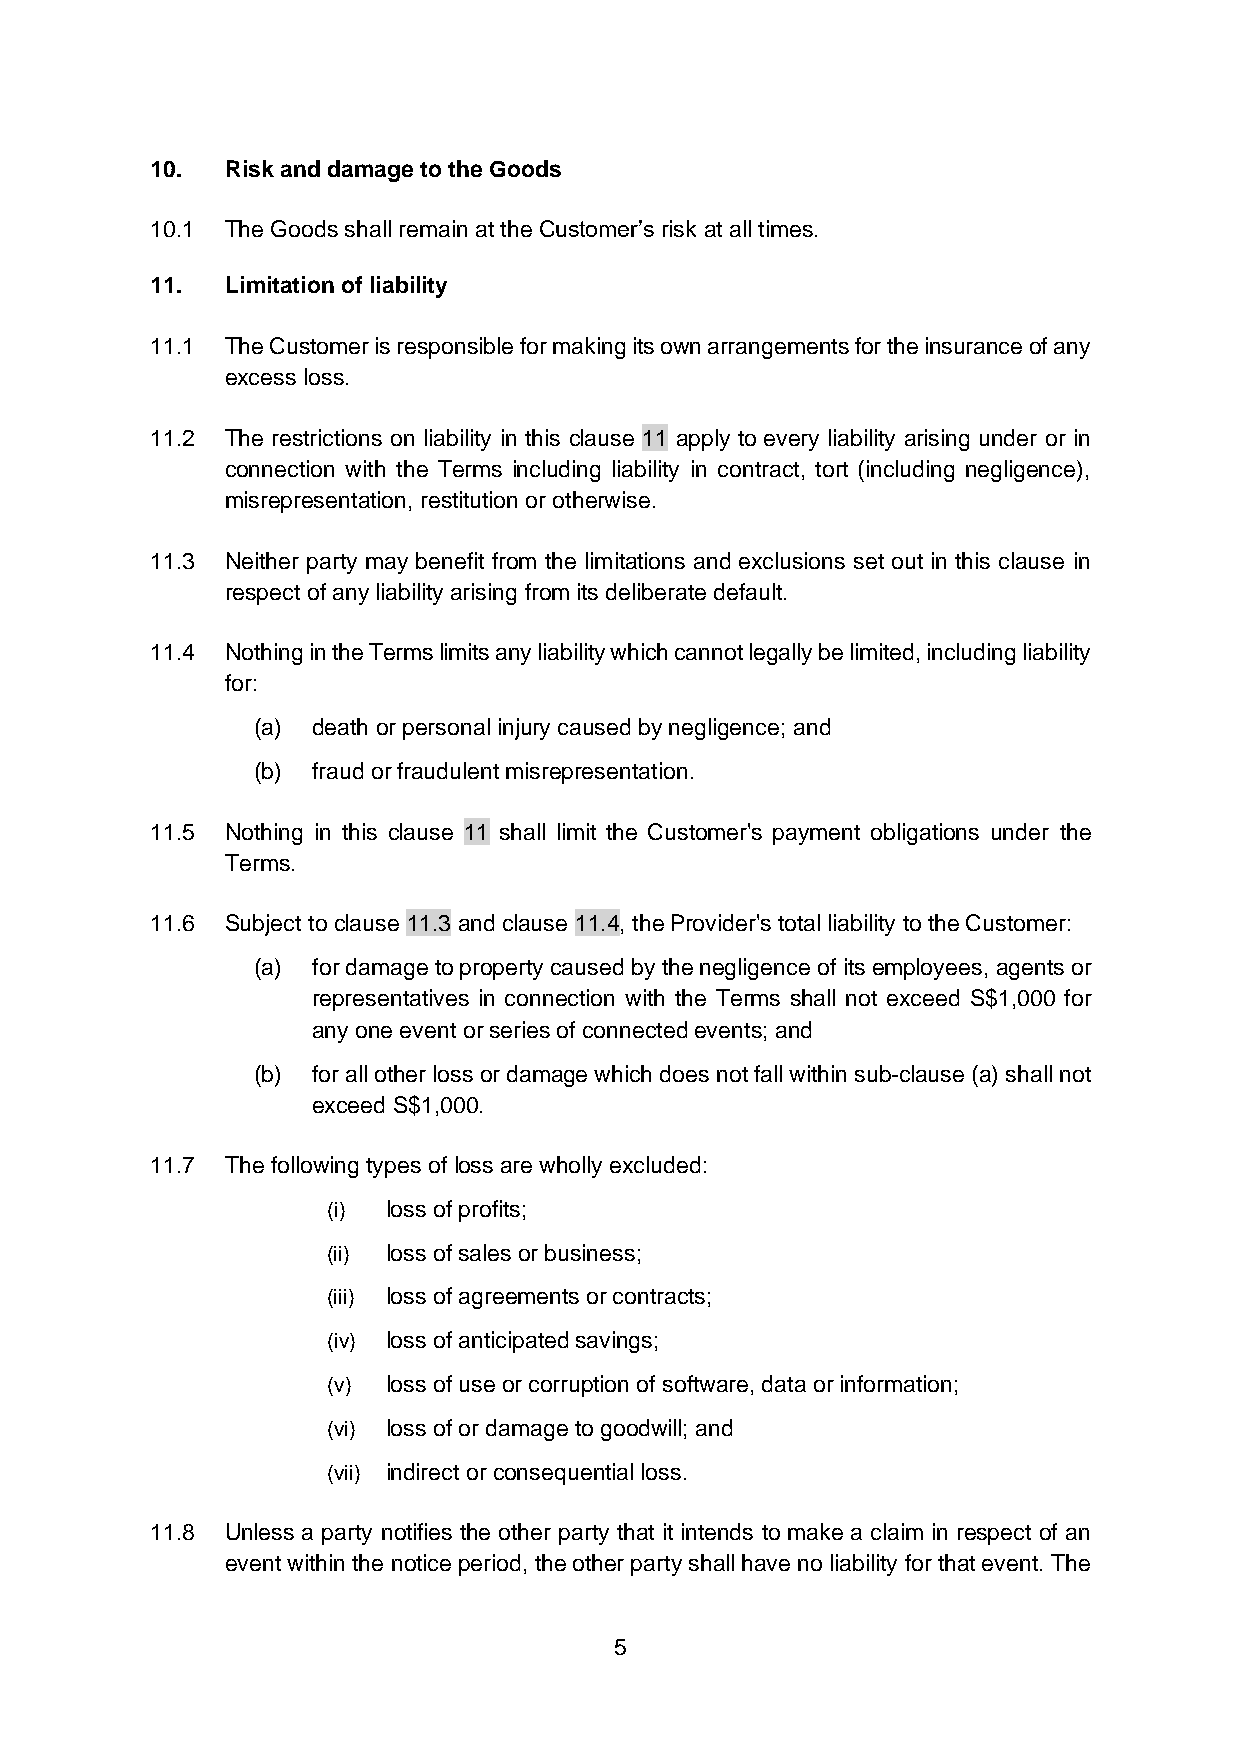
10.  Risk and damage to the Goods
 10.1 The Goods shall remain at the Customer’s risk at all times.
 11.  Limitation of liability
 11.1 The Customer is responsible for making its own arrangements for the insurance of any
 excess loss.
 11.2 The restrictions on liability in this clause 11 apply to every liability arising under or in
 connection with the Terms including liability in contract, tort (including negligence),
 misrepresentation, restitution or otherwise.
 11.3 Neither party may benefit from the limitations and exclusions set out in this clause in
 respect of any liability arising from its deliberate default.
 11.4 Nothing in the Terms limits any liability which cannot legally be limited, including liability
 for:
 (a) death or personal injury caused by negligence; and
 (b) fraud or fraudulent misrepresentation.
 11.5 Nothing in this clause 11 shall limit the Customer's payment obligations under the
 Terms.
 11.6 Subject to clause 11.3 and clause 11.4, the Provider's total liability to the Customer:
 (a) for damage to property caused by the negligence of its employees, agents or
 representatives in connection with the Terms shall not exceed S$1,000 for
 any one event or series of connected events; and
 (b) for all other loss or damage which does not fall within sub-clause (a) shall not
 exceed S$1,000.
 11.7 The following types of loss are wholly excluded:
 (i) loss of profits;
 (ii) loss of sales or business;
 (iii) loss of agreements or contracts;
 (iv) loss of anticipated savings;
 (v) loss of use or corruption of software, data or information;
 (vi) loss of or damage to goodwill; and
 (vii) indirect or consequential loss.
 11.8 Unless a party notifies the other party that it intends to make a claim in respect of an
 event within the notice period, the other party shall have no liability for that event. The
 5